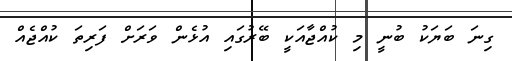
ގިނަ ބަޔަކު ބުނީ މި ކުއްޖާއަކީ ބޭރުގައި އުޅެން ވަރަށް ފަރިތަ ކުއްޖެއް